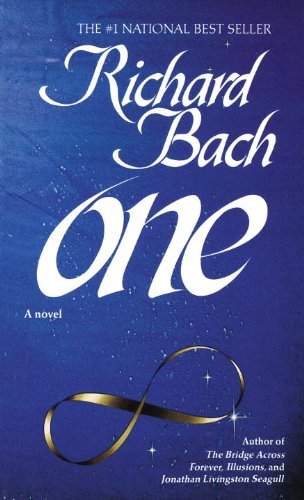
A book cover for One; Richard Bach; Literature & Fiction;